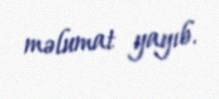
məlumat yayıb.